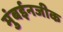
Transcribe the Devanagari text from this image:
मुंबईनजीक